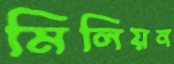
মিলিয়ন